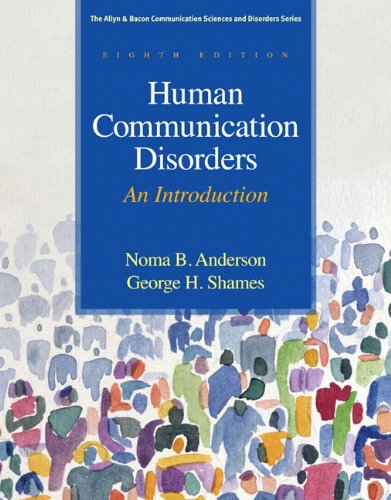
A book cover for Human Communication Disorders: An Introduction (8th Edition) (Allyn & Bacon Communication Sciences and Disorders); Noma B. Anderson; Medical Books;